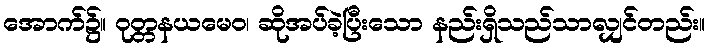
အောက်၌။ ဝုတ္တနယမေဝ၊ ဆိုအပ်ခဲ့ပြီးသော နည်းရှိသည်သာလျှင်တည်း။